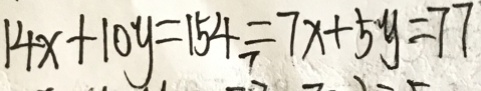
1 4 x + 1 0 y = 1 5 4 = 7 x + 5 y = 7 7